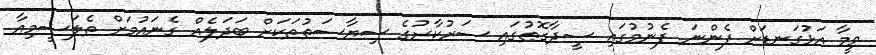
ވީމާ އަޅުގަނޑަށް ފެންނަ ފެނުމުގައި ސީދާގޮތުގައި ސަރުކާރުގެ ސިޔާސަތުތަކަށް ބަދަލެއް ގެނައުމަށް ތެލަސީމިއާ